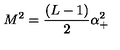
M ^ { 2 } = \frac { ( L - 1 ) } 2 \alpha _ { + } ^ { 2 }